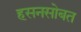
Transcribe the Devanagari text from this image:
हसनसोबत